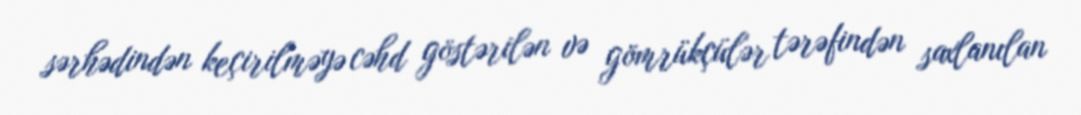
sərhədindən keçirilməyə cəhd göstərilən və gömrükçülər tərəfindən saxlanılan